Report on certain features of malaria in the island of Salsette
Disease focus: Malaria
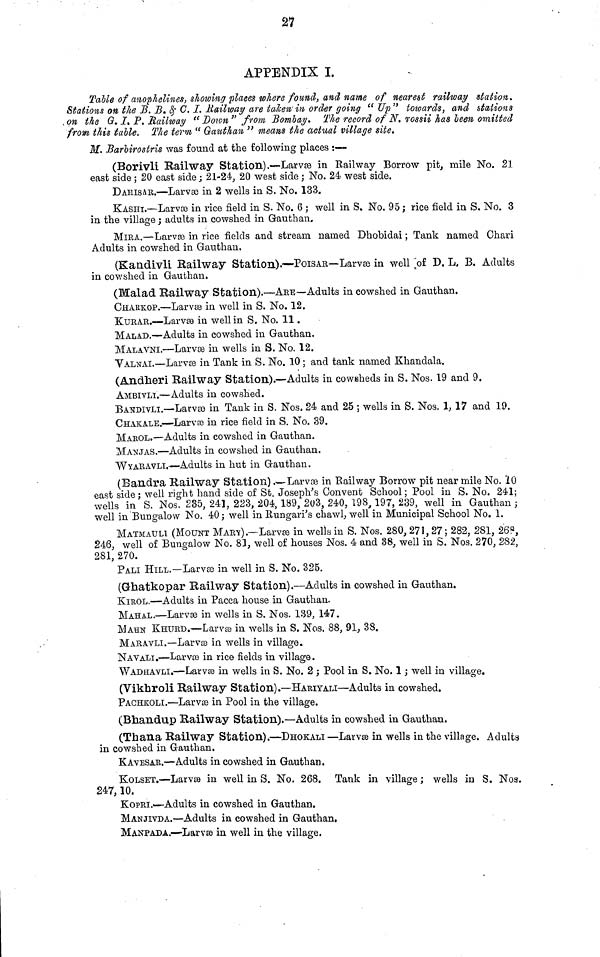
27
APPENDIX I.
Talle of anophelines, showing places where found, and name of nearest railway station.
Stations on the B. B. & C. I. Railway are taken' in order going " Up " towards, and stations
, on the G. J. P. Hallway '"Down " from Bombay. The record of N. rossii has leen omitted
from this talle. The term " Gauthan " means the actual village site,
M. Barlirostris was found at the following places :—
(Borivli Railway Station).—Larvsa in Railway Borrow pit, mile No. 21
east side ; 20 east side ; 21-24, 20 west side ; No. 24 west side.
DAHISAR.—Larvée in 2 wells in S. No. 133.
KASHI.—Larvae in rice field in S. No. 6 ; well in S. No. 95 ; rice field in S. No. 3
in the village ; adults in cowshed in Gauthan.
MIRA.—Larvée in rice fields and stream named Dhobidai ; Tank named Chari
Adults in cowshed in Gauthan.
(Kandivli Railway Station).—POISAR—Larvse in well of D. L, B. Adults
in cowshed in Gauthan.
(Malad Railway Station).—ARE—Adults in cowshed in Gauthan.
CHARKOP.—Larvse in well in S. No. 12.
KURAR.—Larvée in well in S. No. 11.
MALAD.—Adults in cowshed in Gauthan.
MALAVNI.—Larvse in wells in S. No. 12.
VALDAI.—Larvoe in Tank in S. No. 10 ; and tank named Khandala.
(Andheri Railway Station).—Adults in cowsheds in S. Nos. 19 and 9.
AMBIVLI.—Adults in cowshed.
BANDIVLI.—Larvas in Tank in S. Nos. 24 and 25 ; wells in S. Nos. 1, 17 and 19.
CHAK.ALE.—Larvse in rice field in S. No. 39.
MAROL.—Adults in cowshed in Gauthan.
M AN JAS.—Adults in cowshed in Gauthan.
WYARAVLI.—Adults in hut in Gauthan.
(Bandra Railway Station).—Larvœ in Railway Borrow pit near mile No. "10
east side; well right hand side of St. Joseph's Convent School; Pool in S. No. 241;
wells in S. Nos. 285, 241, 223, 204,189, 203, 240, 198, 197, 239, well in Gauthan ;
well in Bungalow No. 40; well in Rungari's chawl, well in Municipal School No. 1.
MATMAULI (MOUNT MARY) .—Larvas in wells in S. Nos. 280, 271, 27 ; 282, 281, 268,
246, well of Bungalow No. 81, well of houses Nos. 4 and 38, well in S. Nos. 270, 282,
281, 270.
PALI HILL.—Larvas in well in S. No. 325.
(Ghatkopar Railway Station).—Adults in cowshed in Gauthan.
KIROL.—Adults in Pacca house in Gauthan.
MAHAL.—Larvoe in wells in S. Nos. 139, 147.
MAHN KHURD.—-Larvse in wells in S. Nos. 88, 91, 38.
MARAVLI.—Larvse in wells in village.
NAVALI.—-Larvse in rice fields in village.
WADHAVLI.—Larvse in wells in S. No. 2 : Pool in S. No. 1 : well in village.
'
'
O
(Vikhroli Railway Station).—HARIYALI—Adults in cowshed.
PACHKOLI.—Larvoa in Pool in the village.
(Bhandup Railway Station).—Adults in cowshed in Gauthan.
(Thana Railway Station).—DHOKALI —Larvas in wells in the village. Adults
in cowshed in G-authan.
KAVESAR,—Adults in cowshed in Gauthan.
KOLSET.—Larves in well in S. No. 268. Tank in village ; wells in S. Nos.
247,10.
KOPRI.-—Adults in cowshed in Gauthan.
MANJIVDA.—Adults in cowshed in Gauthan.
MANPADA.—Larvse in well in the village.